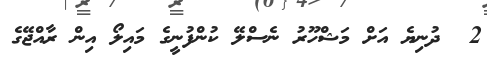
2  ދުނިޔެ އަށް މަޝްހޫރު ނެސްލޭ ކުންފުނީގެ މައިލޯ އިން ރާއްޖޭގެ